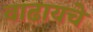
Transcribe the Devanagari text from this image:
वाढायचे